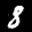
Label: 8